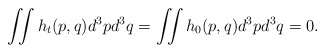
\begin{align*}\iint h_t(p,q)d^3pd^3q = \iint h_0(p,q) d^3pd^3q = 0.\end{align*}